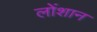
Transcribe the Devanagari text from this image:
लोंशान